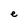
Character: e